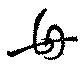
母